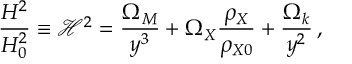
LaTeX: \frac { H ^ { 2 } } { H _ { 0 } ^ { 2 } } \equiv \mathcal { H } ^ { 2 } = \frac { \Omega _ { M } } { y ^ { 3 } } + \Omega _ { X } \frac { \rho _ { X } } { \rho _ { X 0 } } + \frac { \Omega _ { k } } { y ^ { 2 } } \, ,